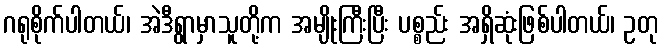
ဂရုစိုက်ပါတယ်၊ အဲဒီရွာမှာသူတို့က အမျိုးကြီးပြီး ပစ္စည်း အရှိဆုံးဖြစ်ပါတယ်၊ ဥတု